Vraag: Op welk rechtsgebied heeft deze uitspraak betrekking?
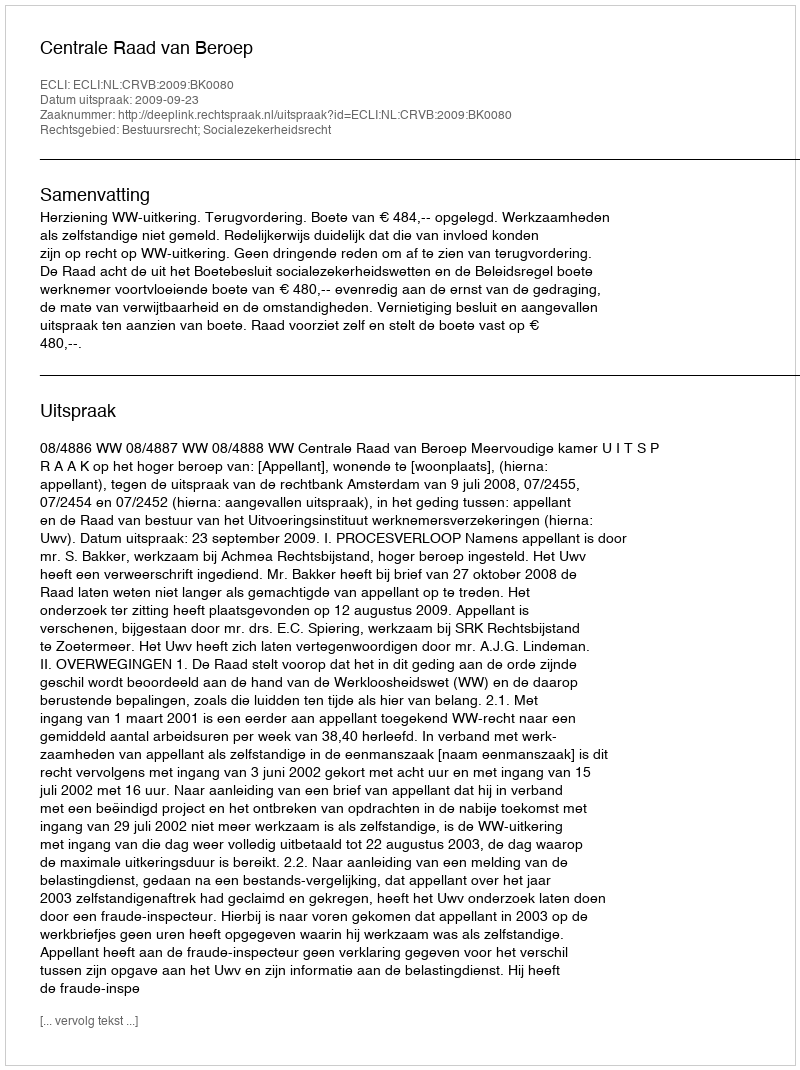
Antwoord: Bestuursrecht; Socialezekerheidsrecht